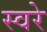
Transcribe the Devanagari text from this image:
स्वरे